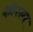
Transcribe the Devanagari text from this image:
क्षीरसर